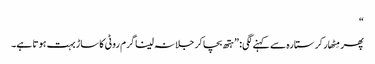
“
پھر مِٹھار کر ستارہ سے کہنے لگی: ”ہتھ بچا کر جلا نہ لینا گرم روٹی کا ساڑ بہت ہوتا ہے۔